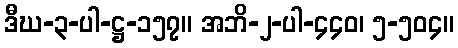
ဒီဃ-၃-ပါ-ဋ္ဌ-၁၅၇။ အဘိ-၂-ပါ-၄၄၀၊ ၅-၅၀၄။